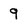
Character: 9